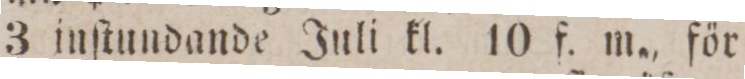
3 inſtundande Juli kl. 10 f. m., för